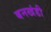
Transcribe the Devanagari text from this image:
बनखंडी